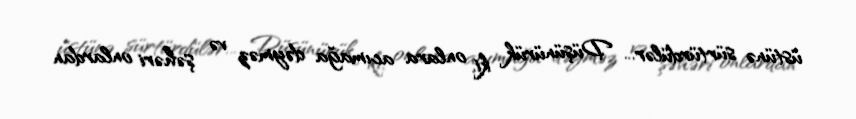
üstünə sürtürdülər... Düşünürük ki, onlara acımağa dəyməz və şəhəri onlardan